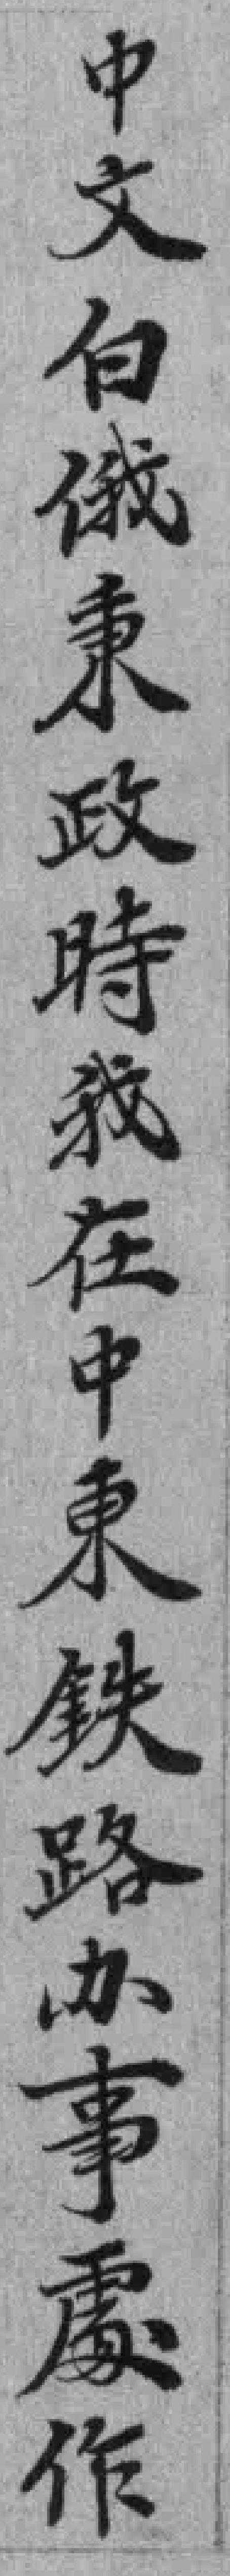
中文白俄秉政時我在中東鉄路办事處作